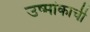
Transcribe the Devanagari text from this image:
उष्मांकाची